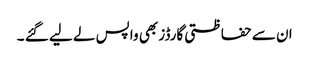
ان سے حفاظتی گارڈز بھی واپس لے لیے گئے ۔